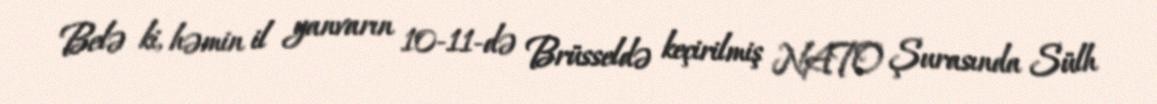
Belə ki, həmin il yanvarın 10-11-də Brüsseldə keçirilmiş NATO Şurasında Sülh